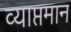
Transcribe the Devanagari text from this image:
व्याप्तमान